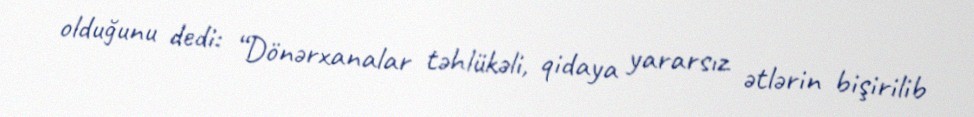
olduğunu dedi: “Dönərxanalar təhlükəli, qidaya yararsız ətlərin bişirilib